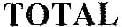
TOTAL